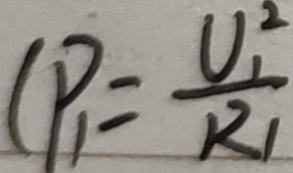
( P _ { 1 } = \frac { U _ { 1 } ^ { 2 } } { R _ { 1 } }